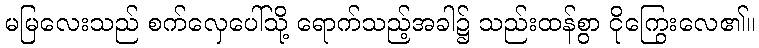
မမြလေးသည် စက်လှေပေါ်သို့ ရောက်သည့်အခါ၌ သည်းထန်စွာ ငိုကြွေးလေ၏။